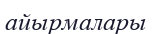
айырмалары